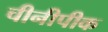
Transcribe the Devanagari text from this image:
चीनीपीक